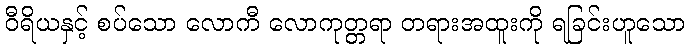
ဝီရိယနှင့် စပ်သော လောကီ လောကုတ္တရာ တရားအထူးကို ရခြင်းဟူသော